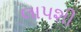
લાપશી